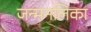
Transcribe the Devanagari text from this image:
जन्मनलिका